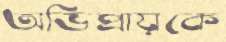
অভিপ্রায়কে